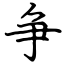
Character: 争